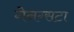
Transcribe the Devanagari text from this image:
गेनग्सटा